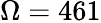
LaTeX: \Omega=461